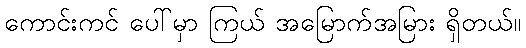
ကောင်းကင် ပေါ်မှာ ကြယ် အမြောက်အမြား ရှိတယ်။